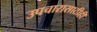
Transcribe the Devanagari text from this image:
उपचारासाठीही